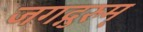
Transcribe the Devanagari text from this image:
जगद्गुरुम्